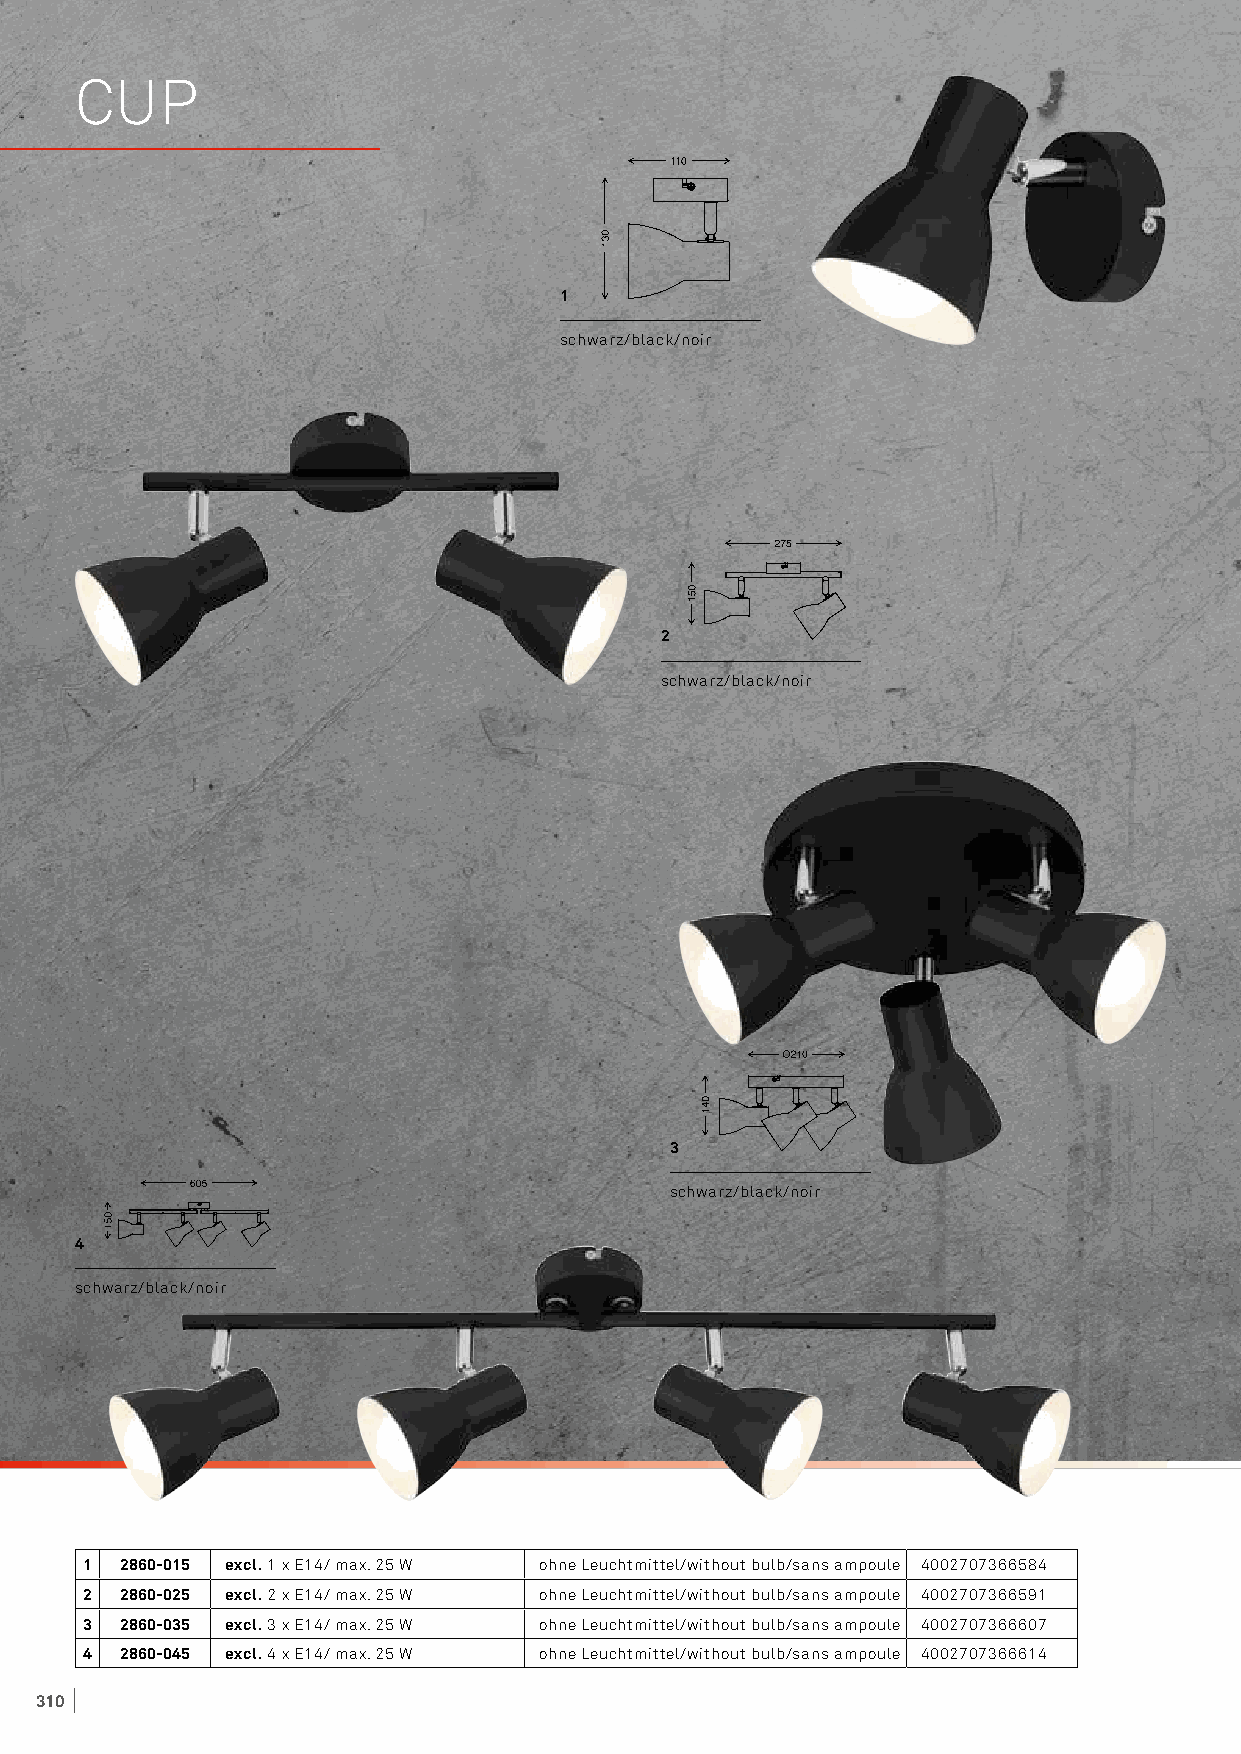
CUP
 1
 schwarz/black/noir
 2
 schwarz/black/noir
 3
 schwarz/black/noir
 4
 schwarz/black/noir
 1 2860-015 excl. 1 x E14/ max. 25 W ohne Leuchtmittel/without bulb/sans ampoule 4002707366584
 2 2860-025 excl. 2 x E14/ max. 25 W ohne Leuchtmittel/without bulb/sans ampoule 4002707366591
 3 2860-035 excl. 3 x E14/ max. 25 W ohne Leuchtmittel/without bulb/sans ampoule 4002707366607
 4 2860-045 excl. 4 x E14/ max. 25 W ohne Leuchtmittel/without bulb/sans ampoule 4002707366614
 310